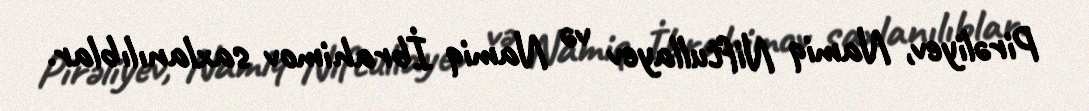
Pirəliyev, Namiq Niftullayev və Namiq İbrahimov saxlanılıblar.